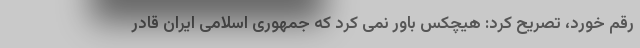
رقم خورد، تصریح کرد: هیچکس باور نمی کرد که جمهوری اسلامی ایران قادر